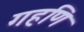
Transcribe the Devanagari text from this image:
गहणि